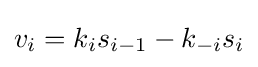
v_{i}=k_{i}s_{i-1}-k_{-i}s_{i}